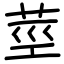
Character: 莖